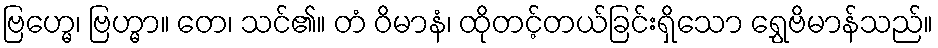
ဗြဟ္မေ၊ ဗြဟ္မာ။ တေ၊ သင်၏။ တံ ဝိမာနံ၊ ထိုတင့်တယ်ခြင်းရှိသော ရွှေဗိမာန်သည်။